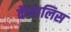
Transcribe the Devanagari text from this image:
कॅनालिस